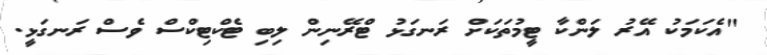
"އެކަމަކު އޭރު ލަންކާ ޓީމުތަކަށް ރަނގަޅު ޓްރޭނިން ލިބި ޓެކްޓިކްސް ވެސް ރަނގަޅީ.